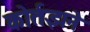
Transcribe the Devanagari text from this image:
कोर्तझने